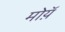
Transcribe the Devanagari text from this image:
मोय़ॅ